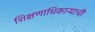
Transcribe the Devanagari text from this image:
शिक्षणाधिकाऱ्याची